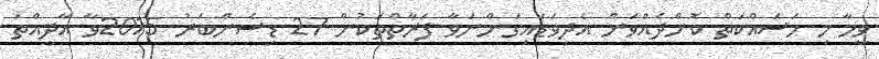
ވީމާ މި މަސައްކަތް ކޮށްދެއްވަން އެދިވަޑައިގަންނަވާ ފަރާތްތަކުން 27 ޑިސެންބަރު 2015ވާ އާދީއްތަ